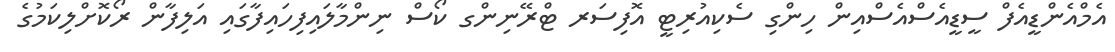
އެމްއެންޑީއެފް ސީޑީއެސްއެސްއިން ހިންގި ސެކިއުރިޓީ އޮފިސަރ ޓްރޭނިންގ ކޯސް ނިންމާލައިފިހައިފާގައި އަލިފާން ރޯކޮށްލިކަމުގެ